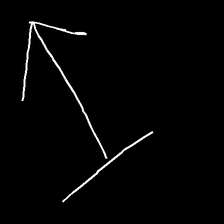
Glyph: levitation